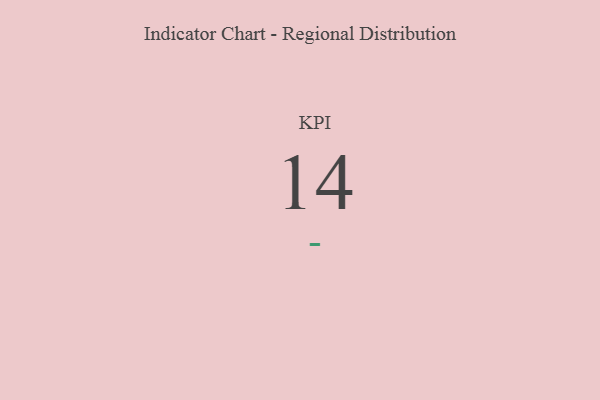
{"axis": {"x": "KPI", "y": "Value"}, "legend": [""], "data": [{"x": "KPI", "y": 14, "type": ""}]}